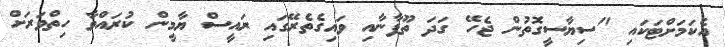
އެކަމަށްޓަަކައި "ސިޔާސީގޮތުން ޖެހޭ ގަދަ ތޫފާނާއި ވައިގެތެރޭގައިި ރައީސް ޔާމީން ކުރައްވާ ހިތްވަރަށް